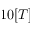
1 0 [ T ]